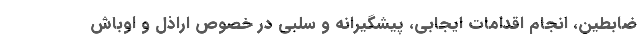
ضابطین، انجام اقدامات ایجابی، پیشگیرانه و سلبی در خصوص اراذل و اوباش